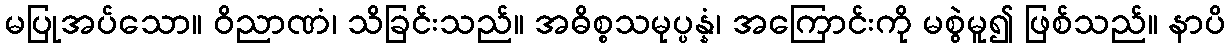
မပြုအပ်သော။ ဝိညာဏံ၊ သိခြင်းသည်။ အဓိစ္စသမုပ္ပန္နံ၊ အကြောင်းကို မစွဲမူ၍ ဖြစ်သည်။ နာပိ